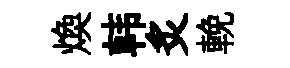
煥韩炙輓